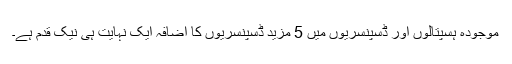
موجودہ ہسپتالوں اور ڈسپنسریوں میں 5 مزید ڈسپنسریوں کا اضافہ ایک نہایت ہی نیک قدم ہے۔